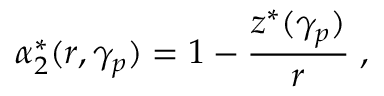
\alpha _ { 2 } ^ { * } ( r , \gamma _ { p } ) = 1 - \frac { z ^ { * } ( \gamma _ { p } ) } { r } \; ,